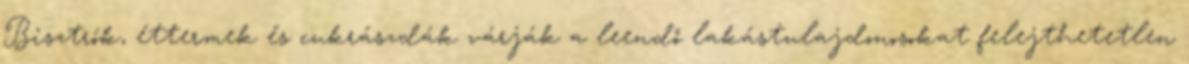
Bisztrók, éttermek és cukrászdák várják a leendő lakástulajdonosokat felejthetetlen